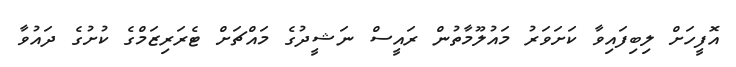
އޮފީހަށް ލިބިފައިވާ ކަށަވަރު މައުލޫމާތުން ރައީސް ނަޝީދުގެ މައްޗަށް ޓެރަރިޒަމްގެ ކުށުގެ ދައުވާ